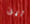
أين